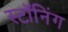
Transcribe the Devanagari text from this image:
स्टॉनिंग